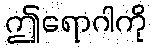
ဤရောဂါကို